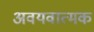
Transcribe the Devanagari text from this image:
अवयवात्मक